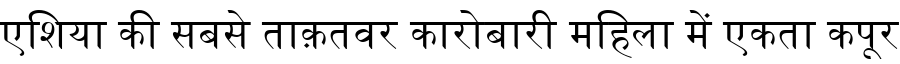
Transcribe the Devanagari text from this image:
एशिया की सबसे ताक़तवर कारोबारी महिला में एकता कपूर